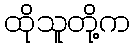
ထိုသူတို့က